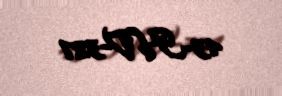
43-HV-327